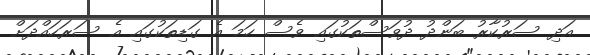
އަދި ސަރުކާރު ބަންދު ދުވަސްތަކުގައި ވެސް ހަމަ އެ ގަޑިތަކުގައި އެ ސަރަހައްދަށް